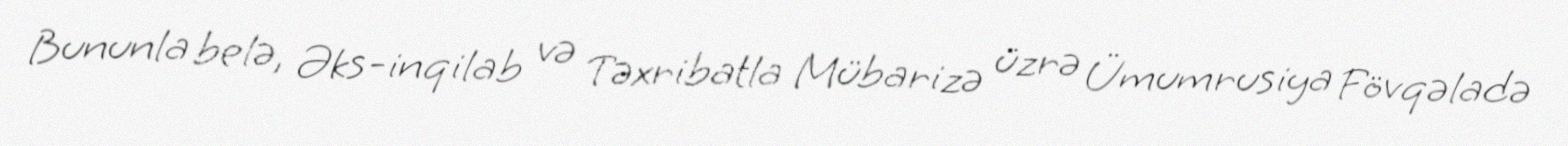
Bununla belə, Əks-inqilab və Təxribatla Mübarizə üzrə Ümumrusiya Fövqəladə